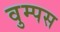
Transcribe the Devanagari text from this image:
वुम्पस